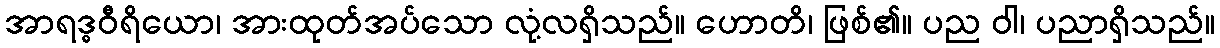
အာရဒ္ဓဝီရိယော၊ အားထုတ်အပ်သော လုံ့လရှိသည်။ ဟောတိ၊ ဖြစ်၏။ ပည ဝါ၊ ပညာရှိသည်။